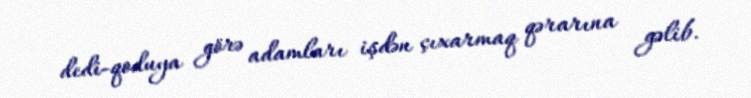
dedi-qoduya görə adamları işdən çıxarmaq qərarına gəlib.